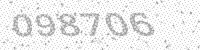
Solution: 098706